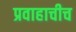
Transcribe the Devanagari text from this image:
प्रवाहाचीच